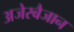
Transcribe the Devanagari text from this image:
अजेरबैजान